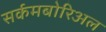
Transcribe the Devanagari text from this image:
सर्कमबोरिअल